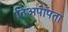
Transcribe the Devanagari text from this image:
तिअपापता